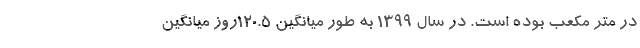
در متر مکعب بوده است. در سال ۱۳۹۹ به طور میانگین ۱۲۰.۵روز میانگین